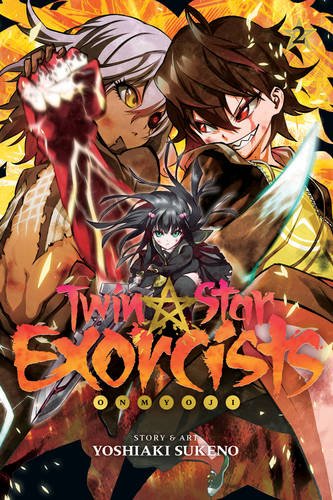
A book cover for Twin Star Exorcists, Vol. 2: Onmyoji; Yoshiaki Sukeno; Comics & Graphic Novels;